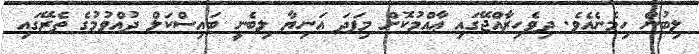
ލިބުން ހިމެނެއެވެ. ދިވެހިރާއްޖޭގައި ޢާއްމުކޮށް މިފަދަ އަނިޔާ ލިބެނީ ބައިސްކަލް ދުއްވުމުގެ ތެރޭގައި